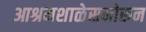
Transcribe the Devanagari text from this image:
आश्रमशाळेसमोरून